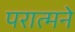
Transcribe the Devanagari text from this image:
परात्मने